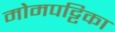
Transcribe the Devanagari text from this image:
मोमपट्टिका